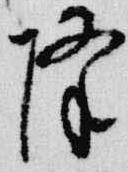
降